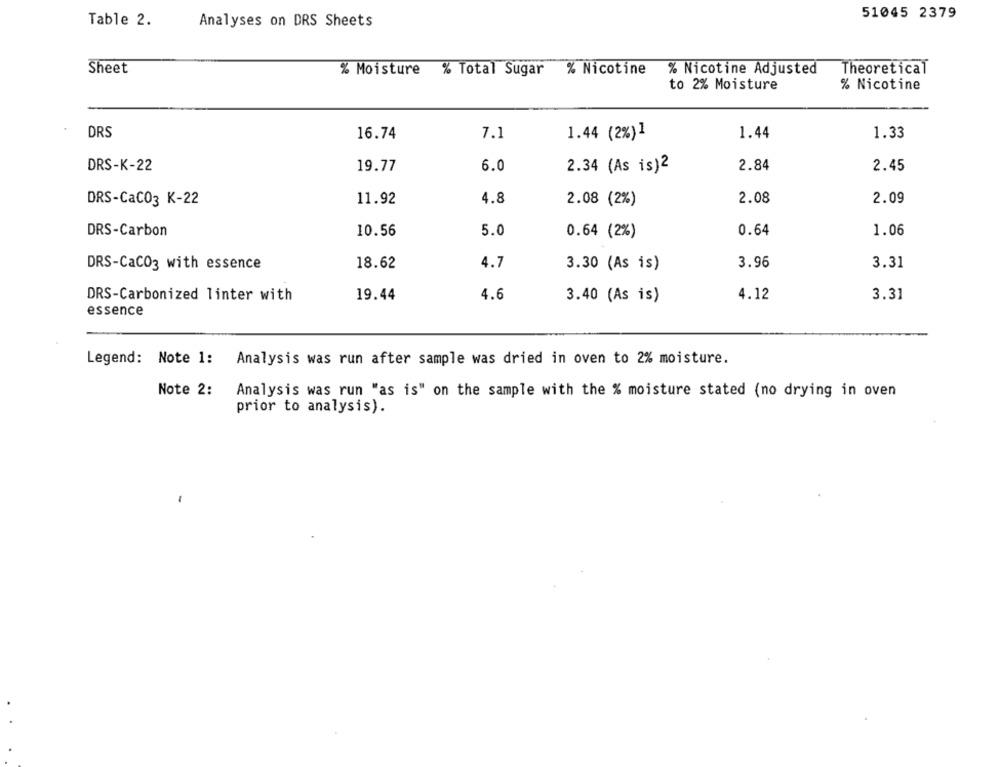
51045 2379
Table 2.
Analyses on DRS Sheets
Sheet
Theoretical
% Moisture % Total Sugar % Nicotine
% Nicotine Adjusted
to 2% Moisture
% Nicotine
DRS
16.74
7.1
1.44 (2%)1
1.44
1.33
DRS-K-22
19.77
6.0
2.34 (As is)2
2.84
2.45
4.8
2.08
2.09
DRS-CaC03 K-22
11.92
2.08 (2%)
1.06
DRS-Carbon
10.56
5.0
0.64 (2%)
0.64
DRS-CaCO3 with essence
18.62
4.7
3.30 (As is)
3.96
3.31
DRS-Carbonized linter with
19.44
4.6
3.40 (As is)
4.12
3.31
essence
Legend: Note 1: Analysis was run after sample was dried in oven to 2% moisture.
Note 2:
Analysis was run "as is" on the sample with the % moisture stated (no drying in oven
prior to analysis).
-